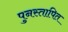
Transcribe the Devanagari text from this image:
पुनस्तापित